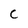
Character: c